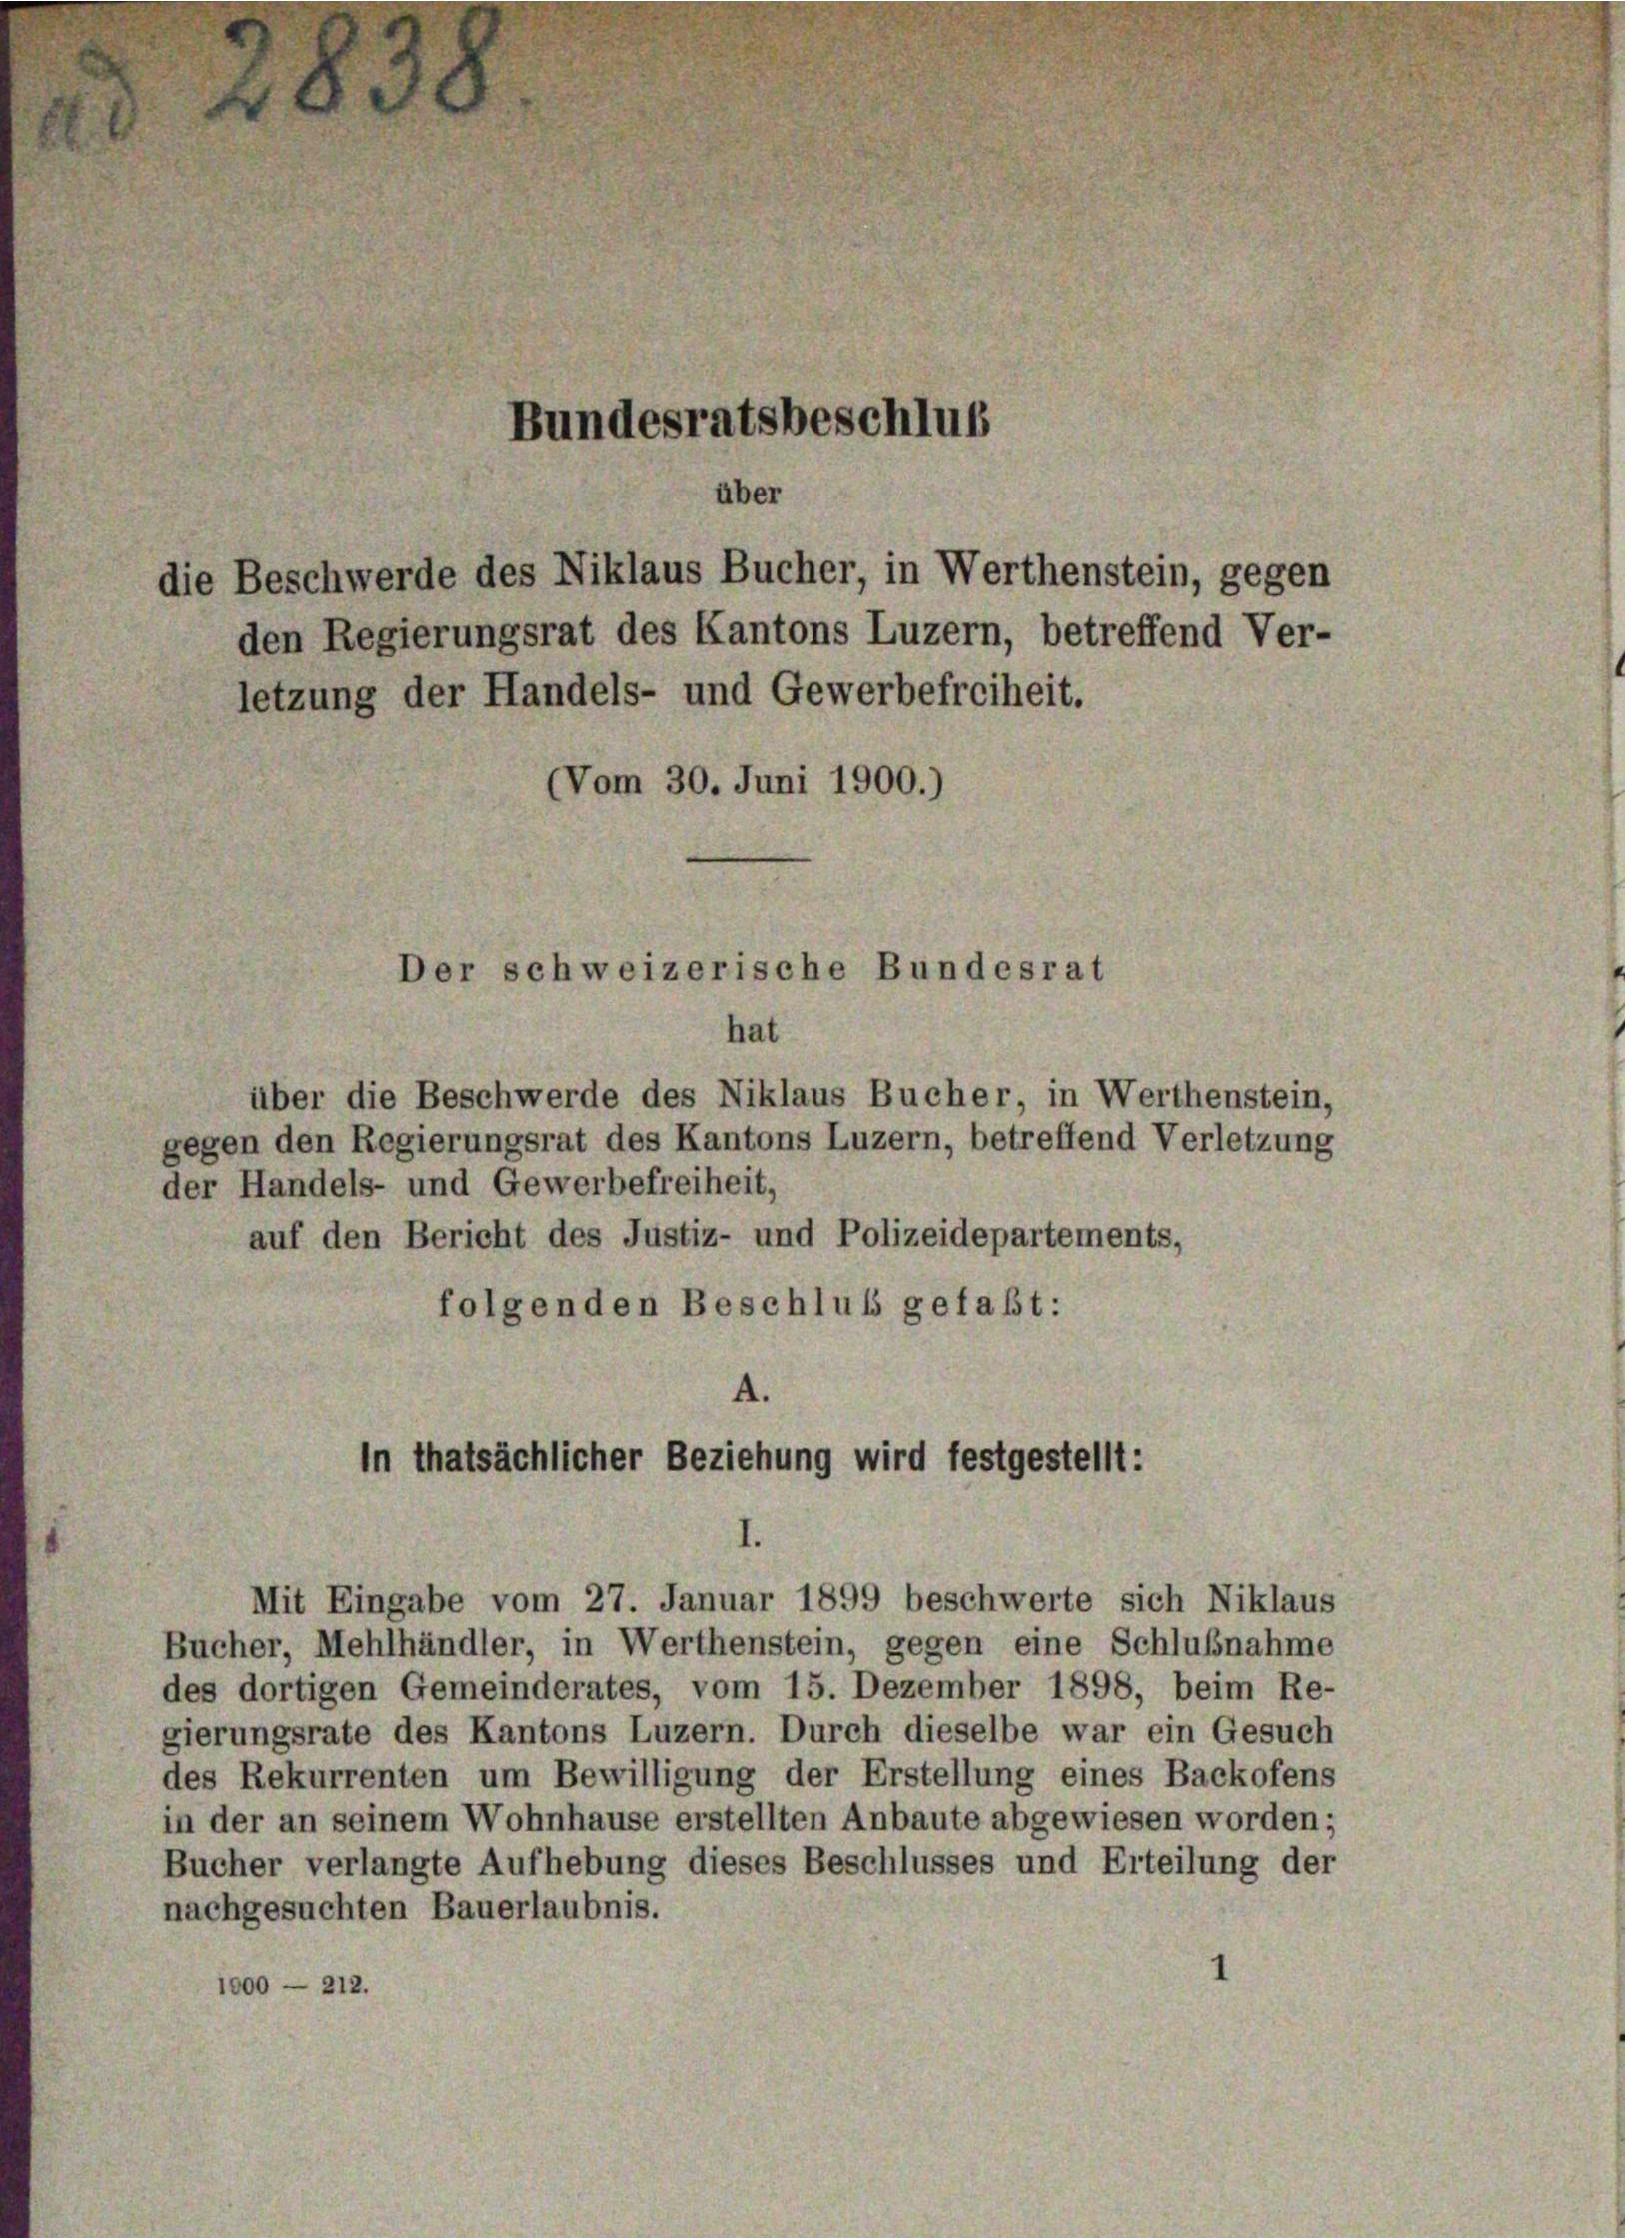
die Beschwerde des Niklaus Bucher, in Werthenstein, gegen

den Regierungsrat des Kantons Luzern, betreffend Ver-
letzung der Handels- und Gewerbefreiheit.
(Vom 30. Juni 1900.)

183

über die Beschwerde des Niklaus Bucher, in Werthenstein,
gegen den Regierungsrat des Kantons Luzern, betreffend Verletzung
der Handels- und Gewerbefreiheit,
auf den Bericht des Justiz- und Polizeidepartements,
folgenden Beschluß gefaßt:

Bundesratsbeschluß
über

Der schweizerische Bundesrat
hat

A.
In thatsächlicher Beziehung wird festgestellt:
Mit Eingabe vom 27. Januar 1899 beschwerte sich Niklaus

Bucher, Mehlhändler, in Werthenstein, gegen eine Schlußnahme
des dortigen Gemeinderates, vom 15. Dezember 1898, beim Re-
gierungsrate des Kantons Luzern. Durch dieselbe war ein Gesuch
des Rekurrenten um Bewilligung der Erstellung eines Backofens
in der an seinem Wohnhause erstellten Anbaute abgewiesen worden;
Bucher verlangte Aufhebung dieses Beschlusses und Erteilung der
nachgesuchten Bauerlaubnis.
1000 — 212.